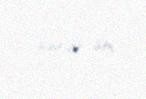
394,99 sm